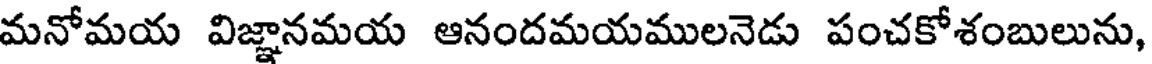
మనోమయ విజ్ఞానమయ ఆనందమయములనెడు పంచకోశంబులును,